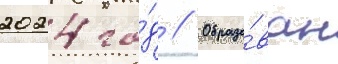
2024 го́д // Образо́ван